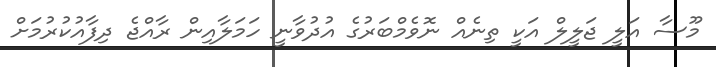
މޫސާ އަލީ ޖަލީލް އަކީ ތިނެއް ނޮވެމްބަރުގެ އުދުވާނީ ހަމަލާއިން ރާއްޖެ ދިފާއުކުރުމަށް